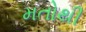
મતોથી